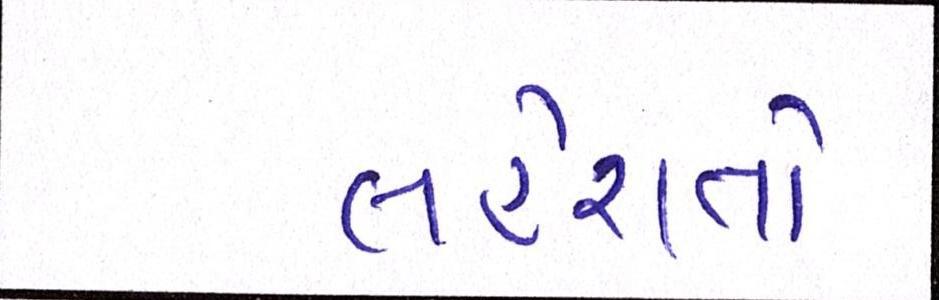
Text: લહેરાતો